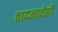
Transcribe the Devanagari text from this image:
वादनाचेही